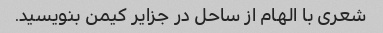
شعری با الهام از ساحل در جزایر کیمن بنویسید.